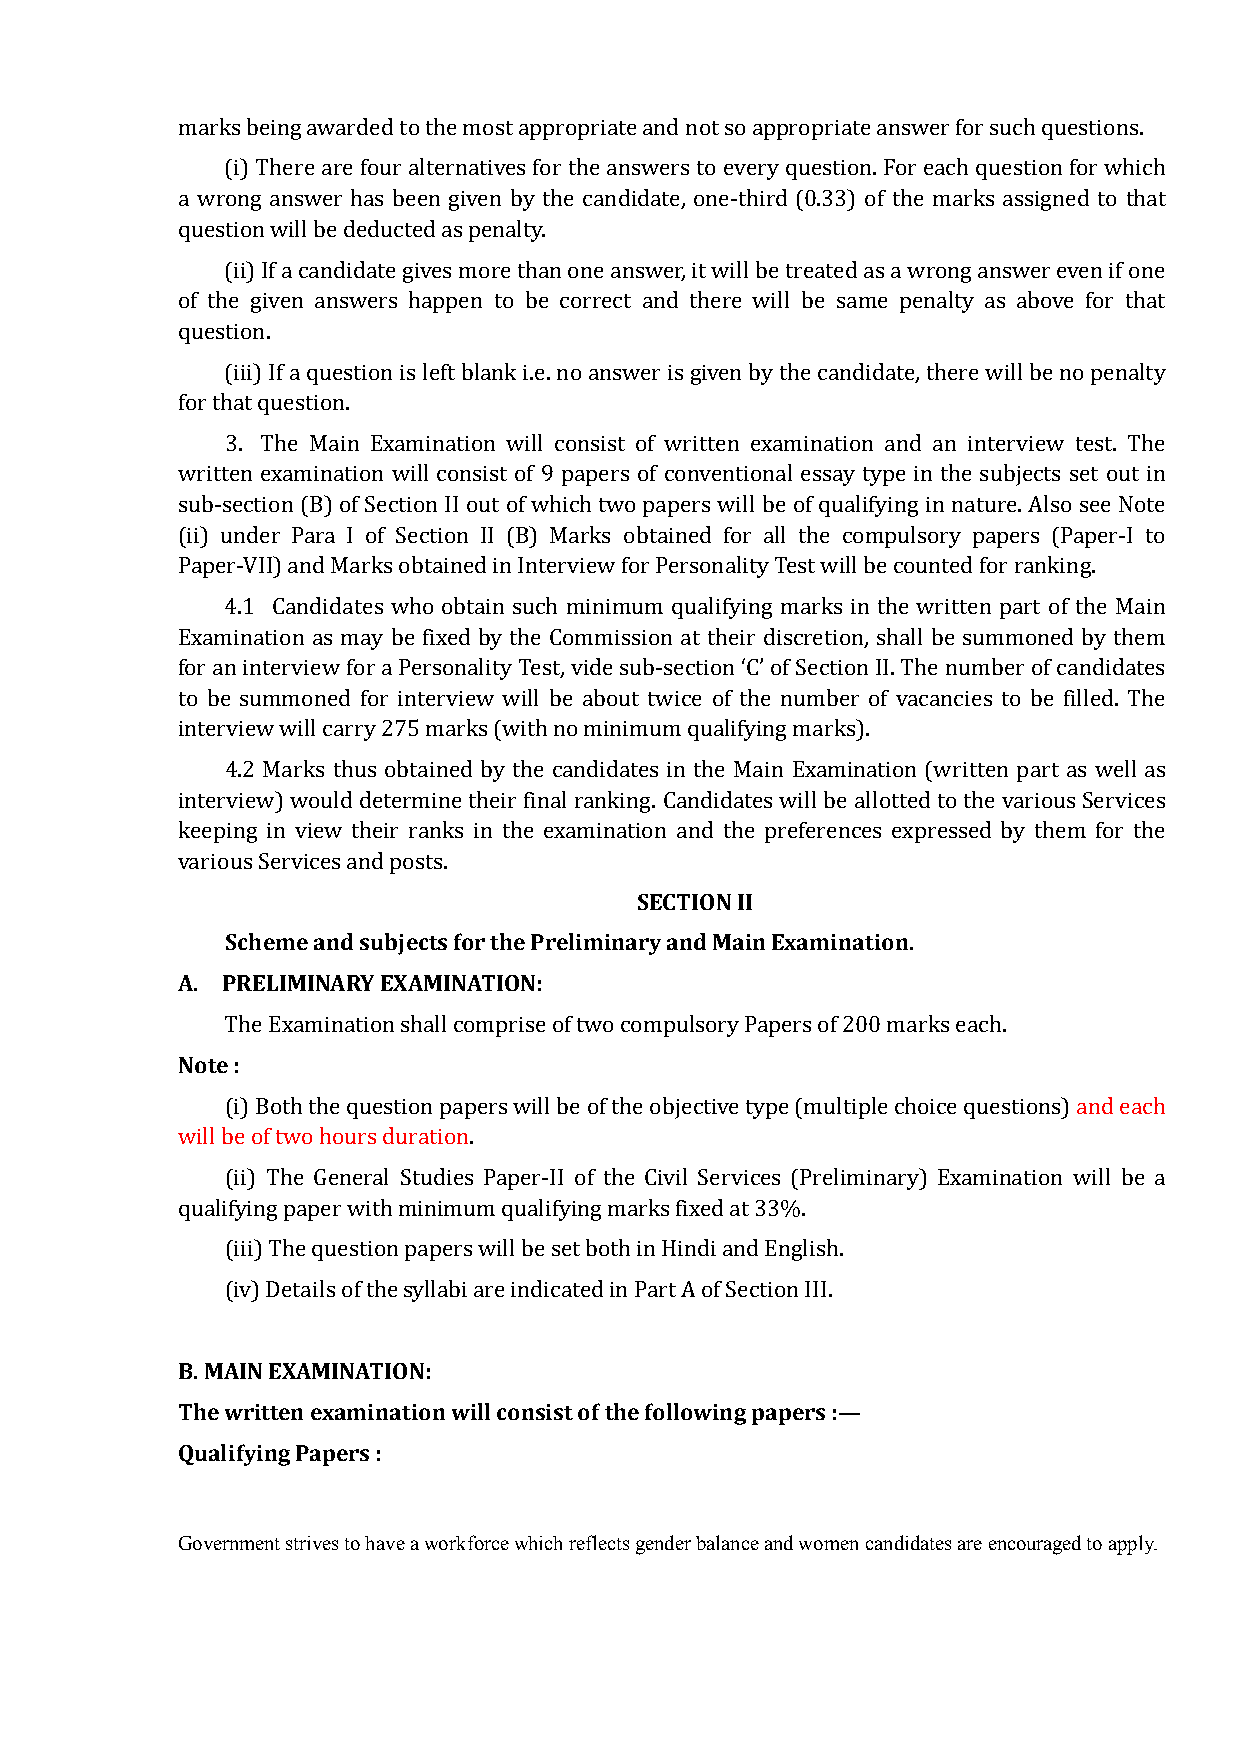
marks being awarded to the most appropriate and not so appropriate answer for such questions.
 (i) There are four alternatives for the answers to every question. For each question for which
 a wrong answer has been given by the candidate, one-third (0.33) of the marks assigned to that
 question will be deducted as penalty.
 (ii) If a candidate gives more than one answer, it will be treated as a wrong answer even if one
 of the given answers happen to be correct and there will be same penalty as above for that
 question.
 (iii) If a question is left blank i.e. no answer is given by the candidate, there will be no penalty
 for that question.
 3. The Main Examination will consist of written examination and an interview test. The
 written examination will consist of 9 papers of conventional essay type in the subjects set out in
 sub-section (B) of Section II out of which two papers will be of qualifying in nature. Also see Note
 (ii) under Para I of Section II (B) Marks obtained for all the compulsory papers (Paper-I to
 Paper-VII) and Marks obtained in Interview for Personality Test will be counted for ranking.
 4.1 Candidates who obtain such minimum qualifying marks in the written part of the Main
 Examination as may be fixed by the Commission at their discretion, shall be summoned by them
 for an interview for a Personality Test, vide sub-section ‘C’ of Section II. The number of candidates
 to be summoned for interview will be about twice of the number of vacancies to be filled. The
 interview will carry 275 marks (with no minimum qualifying marks).
 4.2 Marks thus obtained by the candidates in the Main Examination (written part as well as
 interview) would determine their final ranking. Candidates will be allotted to the various Services
 keeping in view their ranks in the examination and the preferences expressed by them for the
 SECTION II
 various Services and posts.
 Scheme and subjects for the Preliminary and Main Examination.
 A. PRELIMINARY EXAMINATION:
 Note :
 The Examination shall comprise of two compulsory Papers of 200 marks each.
 (i) Both the question papers will be of the objective type (multiple choice questions) and each
 will be of two hours duration.
 (ii) The General Studies Paper-II of the Civil Services (Preliminary) Examination will be a
 qualifying paper with minimum qualifying marks fixed at 33%.
 (iii) The question papers will be set both in Hindi and English.
 (iv) Details of the syllabi are indicated in Part A of Section III.
 B. MAIN EXAMINATION:
 The written examination will consist of the following papers :—
 Qualifying Papers :
 Government strives to have a workforce which reflects gender balance and women candidates are encouraged to apply.